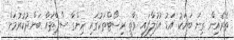
ތެރެއިން ގިނަ ބަޔަކު އަޑު އުފުލާފައި ވާތީ ރިސޯޓްތަކުގައި ހިންގާ ސްޕާތައް ބަންދުކުރުމަށް